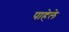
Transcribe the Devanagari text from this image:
पाहेले